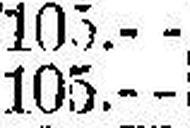
105.—